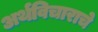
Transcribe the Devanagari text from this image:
अर्थविचाराचे